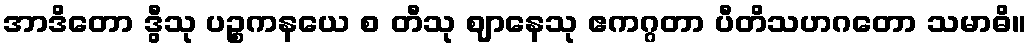
အာဒိတော ဒွီသု ပဉ္စကနယေ စ တီသု ဈာနေသု ဧကဂ္ဂတာ ပီတိသဟဂတော သမာဓိ။